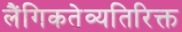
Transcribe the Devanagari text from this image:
लैंगिकतेव्यतिरिक्त